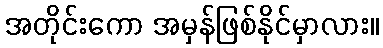
အတိုင်းကော အမှန်ဖြစ်နိုင်မှာလား။